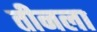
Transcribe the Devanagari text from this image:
तीनला